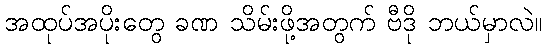
အထုပ်အပိုးတွေ ခဏ သိမ်းဖို့အတွက် ဗီဒို ဘယ်မှာလဲ။